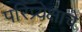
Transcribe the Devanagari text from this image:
परिप्र्येक्षाचे